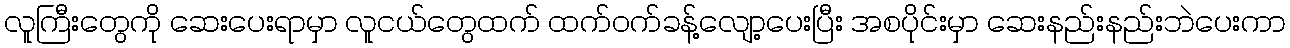
လူကြီးတွေကို ဆေးပေးရာမှာ လူငယ်တွေထက် ထက်ဝက်ခန့်လျော့ပေးပြီး အစပိုင်းမှာ ဆေးနည်းနည်းဘဲပေးကာ